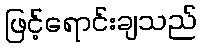
ဖြင့်ရောင်းချသည်